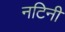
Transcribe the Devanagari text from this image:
नटिनी